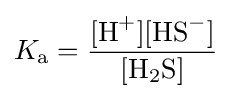
K_{{\ce {a}}}={\frac {[{\text{H}}^{+}][{\text{HS}}^{-}]}{[{\text{H}}_{2}{\text{S}}]}}